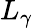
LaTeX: L_{\gamma}